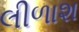
લીળાશ